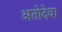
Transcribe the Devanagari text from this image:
अतोदेवा